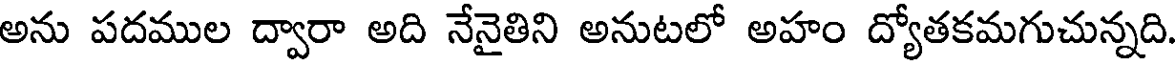
అను పదముల ద్వారా అది నేనైతిని అనుటలో అహం ద్యోతకమగుచున్నది